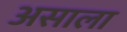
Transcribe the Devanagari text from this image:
असाला